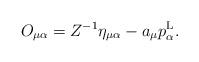
LaTeX: \begin{align*}O_{\mu\alpha}=Z^{-1}\eta_{\mu\alpha}-a_\mu p^{\rm L}_\alpha.\end{align*}